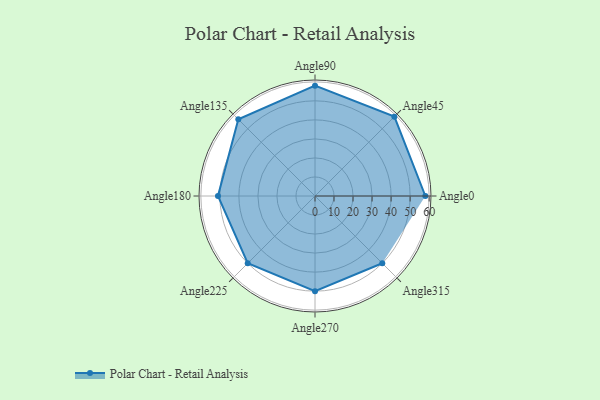
{"axis": {"x": "Angle", "y": "Radius"}, "legend": [""], "data": [{"x": "Angle0", "y": 58.0, "type": ""}, {"x": "Angle45", "y": 59.0, "type": ""}, {"x": "Angle90", "y": 58.0, "type": ""}, {"x": "Angle135", "y": 57.0, "type": ""}, {"x": "Angle180", "y": 51.0, "type": ""}, {"x": "Angle225", "y": 50, "type": ""}, {"x": "Angle270", "y": 50, "type": ""}, {"x": "Angle315", "y": 50, "type": ""}]}